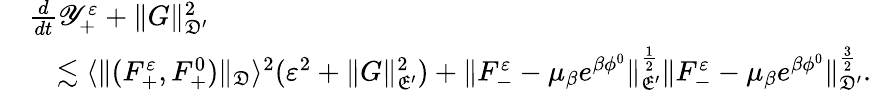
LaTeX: \begin{array}{rl}&{\frac{d}{dt}\mathscr Y_{+}^{\varepsilon}+\| G\| _{\mathfrak D^{\prime}}^{2}}\\ &{\quad\lesssim\langle\| (F_{+}^{\varepsilon},F_{+}^{0})\| _{\mathfrak D}\rangle^{2}(\varepsilon^{2}+\| G\| _{\mathfrak E^{\prime}}^{2})+\| F_{-}^{\varepsilon}-\mu_{\beta}e^{\beta\phi^{0}}\| _{\mathfrak E^{\prime}}^{\frac{1}{2}}\| F_{-}^{\varepsilon}-\mu_{\beta}e^{\beta\phi^{0}}\| _{\mathfrak D^{\prime}}^{\frac{3}{2}}.}\end{array}